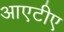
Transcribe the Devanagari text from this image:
आएटीए